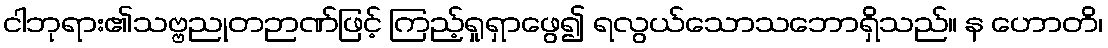
ငါဘုရား၏သဗ္ဗညုတဉာဏ်ဖြင့် ကြည့်ရှုရှာဖွေ၍ ရလွယ်သောသဘောရှိသည်။ န ဟောတိ၊